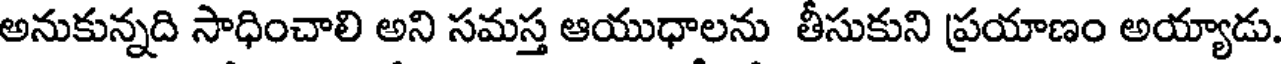
అనుకున్నది సాధించాలి అని సమస్త ఆయుధాలను తీసుకుని ప్రయాణం అయ్యాడు.